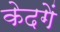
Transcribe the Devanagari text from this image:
केदगें